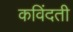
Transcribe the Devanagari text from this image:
कविंदती